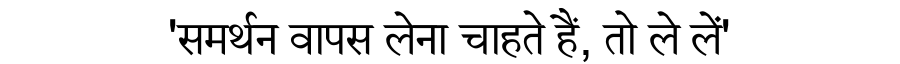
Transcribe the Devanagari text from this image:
'समर्थन वापस लेना चाहते हैं, तो ले लें'